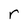
Character: r